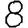
Digit: 8